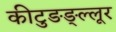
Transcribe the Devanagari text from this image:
कीटुङङ्ल्लूर